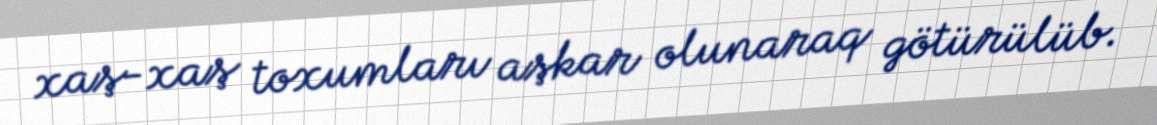
xaş-xaş toxumları aşkar olunaraq götürülüb.